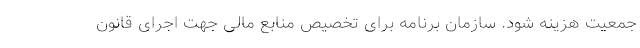
جمعیت هزینه شود. سازمان برنامه برای تخصیص منابع مالی جهت اجرای قانون